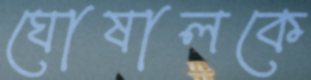
ঘোষালকে